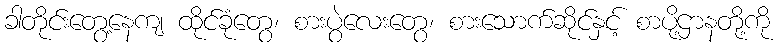
ခါတိုင်းတွေ့နေကျ ထိုင်ခုံတွေ၊ စားပွဲလေးတွေ၊ စားသောက်ဆိုင်နှင့် စာပို့ဌာနတို့ကို